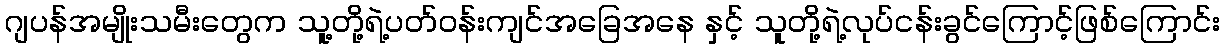
ဂျပန်အမျိုးသမီးတွေက သူ့တို့ရဲ့ပတ်ဝန်းကျင်အခြေအနေ နှင့် သူတို့ရဲ့လုပ်ငန်းခွင်ကြောင့်ဖြစ်ကြောင်း